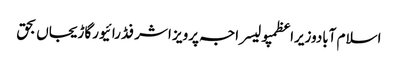
اسلام آبادوزیراعظمپولیسراجہ پرویز اشرفڈرائیورگاڑیجاں بحق